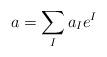
LaTeX: \begin{align*} a =\sum_{I}a_Ie^I\end{align*}